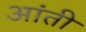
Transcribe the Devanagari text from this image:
आंती